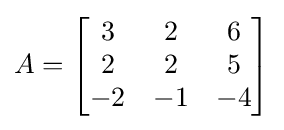
A={\begin{bmatrix}3&2&6\\2&2&5\\-2&-1&-4\end{bmatrix}}